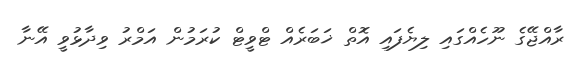
ރާއްޖޭގެ ނޫހެއްގައި ލިޔެފައި އޮތް ޚަބަރެއް ޓްވީޓް ކުރަމުން އަމްރު ވިދާޅުވީ އޭނާ